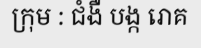
ក្រុម : ជំងឺ បង្ក រោគ